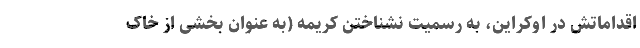
اقداماتش در اوکراین، به رسمیت نشناختن کریمه (به عنوان بخشی از خاک